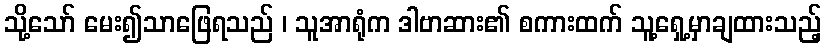
သို့သော် မေး၍သာဖြေရသည် ၊ သူအာရုံက ဒါဗာဆား၏ စကားထက် သူ့ရှေ့မှာချထားသည့်